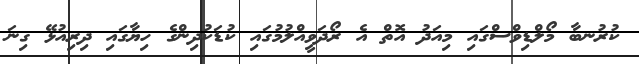
ކުރުނބާ މޯލްޑިވްސްގައި މިއަދު އޮތް އެ ރޯދަވީއްލުމުގައި ކުޑަކުދިންގެ ހިޔާގައި ދިރިއުޅޭ ގިނަ